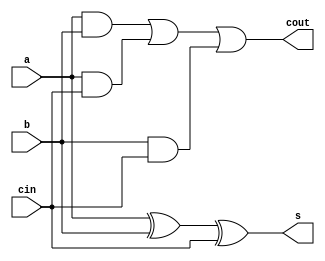
`timescale 1ns / 1ps
//////////////////////////////////////////////////////////////////////////////////
// Company: 
// Engineer: 
// 
// Design Name: 
// Module Name:    FA 
// Project Name: 
// Target Devices: 
// Tool versions: 
// Description: 
//
// Dependencies: 
//
// Revision: 
// Revision 0.01 - File Created
// Additional Comments: 
//
//////////////////////////////////////////////////////////////////////////////////
module FullAdder(
    input a,
    input b,
    input cin,
    output s,
    output cout
    );

	assign s = a ^ b ^ cin;
	assign cout = (a & b) | (a & cin) | (b & cin);

endmodule